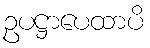
ဥပဋ္ဌာပေထာပိ